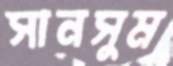
সানসুম